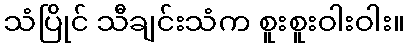
သံပြိုင် သီချင်းသံက စူးစူးဝါးဝါး။